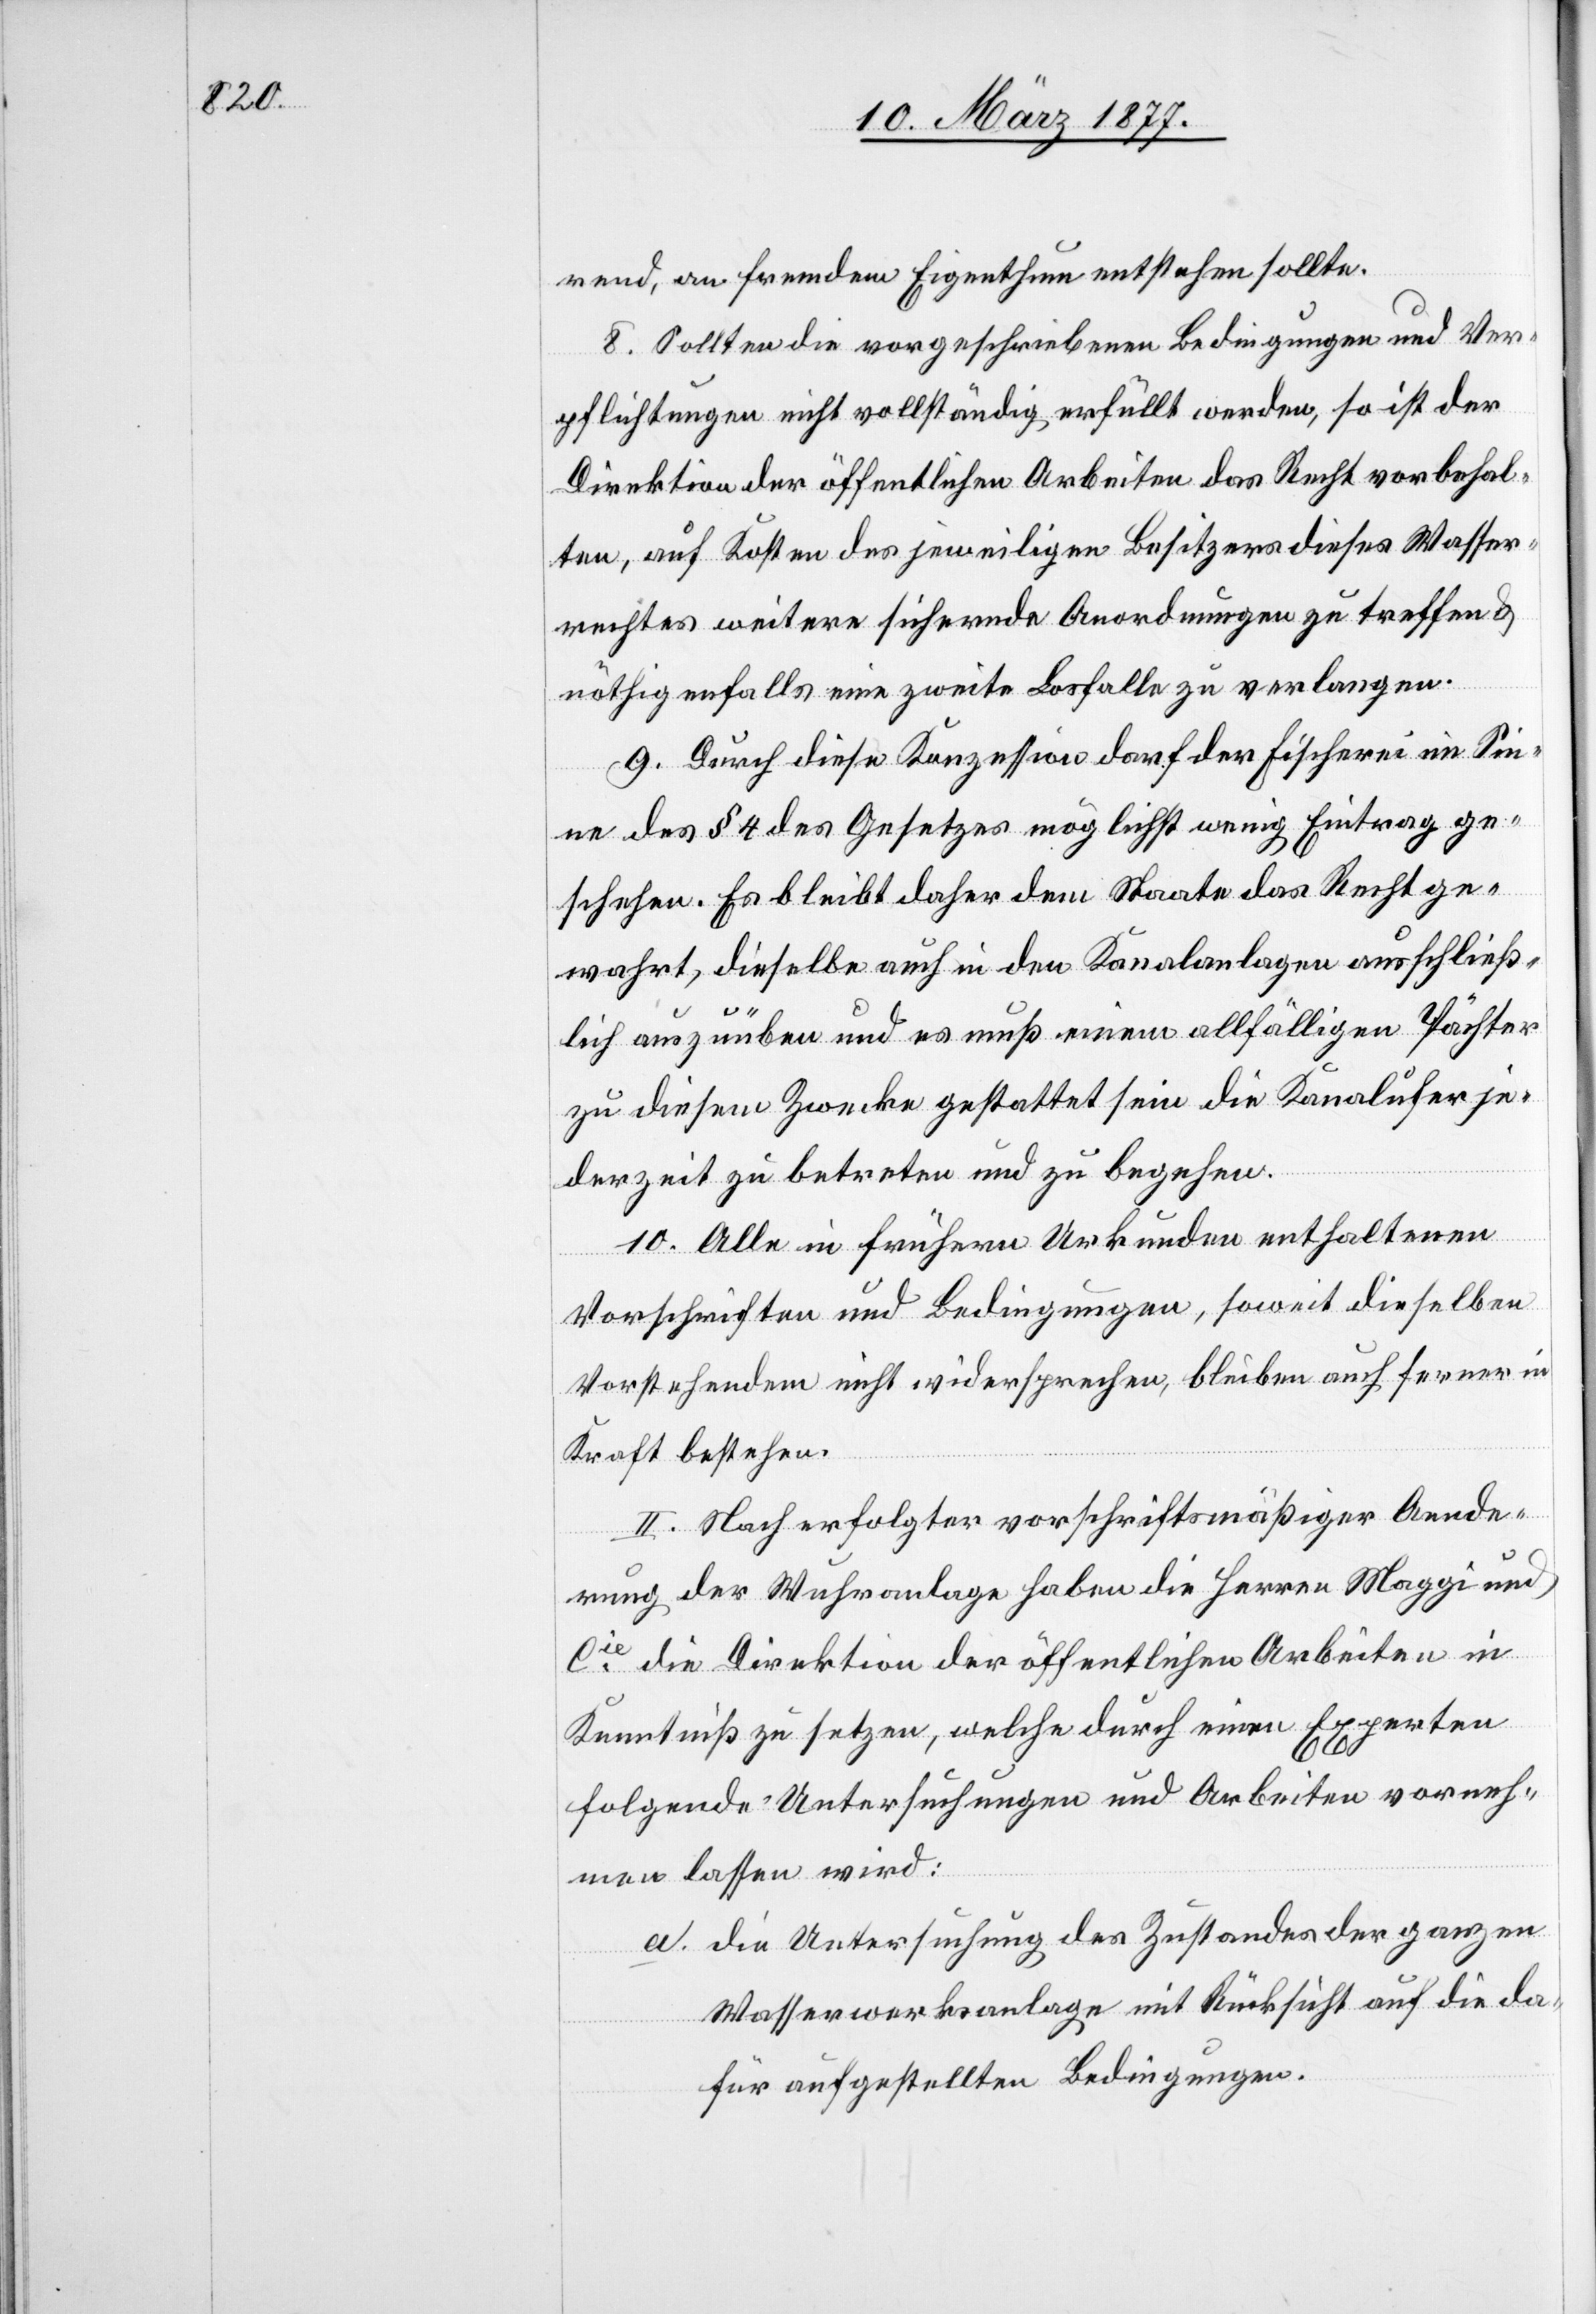
rend, an fremdem Eigenthum entstehen sollte.
8. Sollten die vorgeschriebenen Bedingungen und Ver¬
pflichtungen nicht vollständig erfüllt werden, so ist der
Direktion der öffentlichen Arbeiten das Recht vorbehal¬
ten, auf Kosten des jeweiligen Besitzers dieses Wasser¬
rechtes weitere sichernde Anordnungen zu treffen &
nöthigenfalls eine zweite Losfalle zu verlangen.
9. Durch diese Konzession darf der Fischerei im Sin¬
ne des § 4 des Gesetzes möglichst wenig Eintrag ge¬
schehen. Es bleibt daher dem Staate das Recht ge¬
wahrt, dieselbe auch in den Kanalanlagen ausschließ¬
lich auszuüben und es muß einem allfälligen Pächter
zu diesem Zwecke gestattet sein die Kanalufer je¬
derzeit zu betreten und zu begehen.
10. Alle in frühern Urkunden enthaltenen
Vorschriften und Bedingungen, soweit dieselben
Vorstehendem nicht widersprechen, bleiben auch ferner in
Kraft bestehen.
II. Nach erfolgter vorschriftsmäßiger Aende¬
rung der Wuhranlage haben die Herren Maggi und
Cie die Direktion der öffentlichen Arbeiten in
Kenntniß zu setzen, welche durch einen Experten
folgende Untersuchungen und Arbeiten vorneh¬
men lassen wird:
a. Die Untersuchung des Zustandes der ganzen
Wasserwerksanlage mit Rücksicht auf die da¬
für aufgestellten Bedingungen.